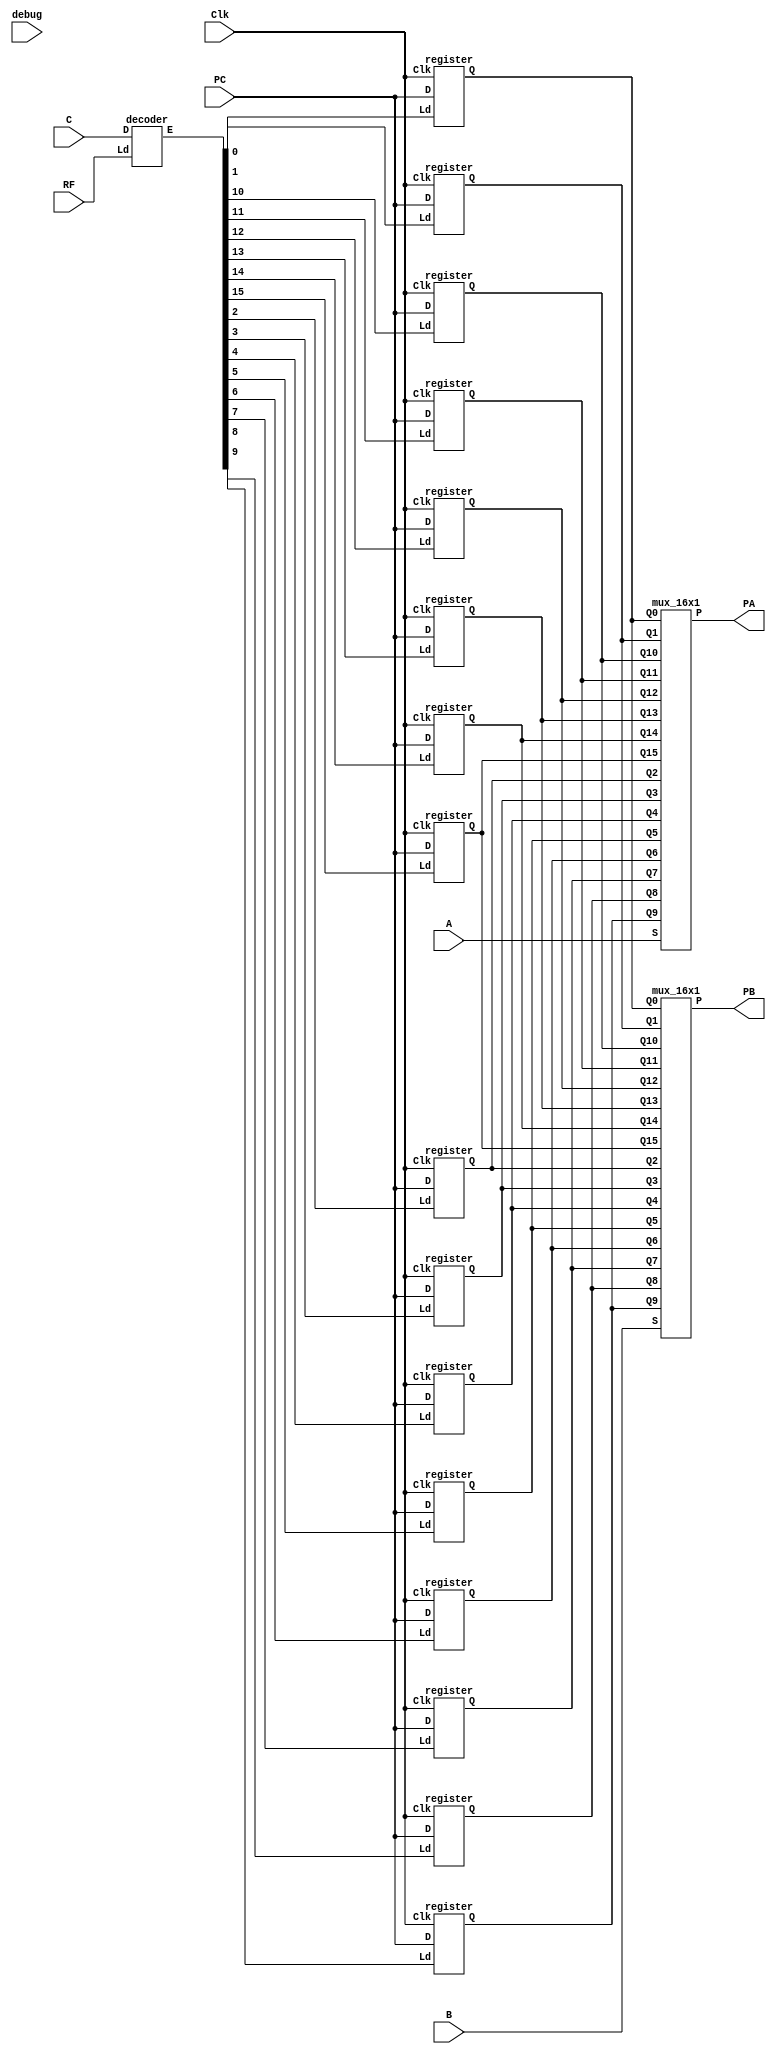
module regFile(
	output [31:0]PA, PB, 
	input [31:0]PC, 
	input [3:0]A, B, C, 
	input RF, Clk,
	input debug);
	
	wire [31:0] Q0, Q1, Q2, Q3, Q4, Q5, Q6, Q7, Q8, Q9, Q10, Q11, Q12, Q13, Q14, Q15;
	wire [15:0] E;

	decoder dec(E, C, RF);
	
	register R0(Q0, PC, E[0], Clk);
	register R1(Q1, PC, E[1], Clk);
	register R2(Q2, PC, E[2], Clk);
	register R3(Q3, PC, E[3], Clk);
	register R4(Q4, PC, E[4], Clk);
	register R5(Q5, PC, E[5], Clk);
	register R6(Q6, PC, E[6], Clk);
	register R7(Q7, PC, E[7], Clk);
	register R8(Q8, PC, E[8], Clk);
	register R9(Q9, PC, E[9], Clk);
	register R10(Q10, PC, E[10], Clk);
	register R11(Q11, PC, E[11], Clk);
	register R12(Q12, PC, E[12], Clk);
	register R13(Q13, PC, E[13], Clk);
	register R14(Q14, PC, E[14], Clk);
	register R15(Q15, PC, E[15], Clk);

	mux_16x1 mux_A(PA, Q0, Q1, Q2, Q3, Q4, Q5, Q6, Q7, Q8, Q9, Q10, Q11, Q12, Q13, Q14, Q15, A);
	mux_16x1 mux_B(PB, Q0, Q1, Q2, Q3, Q4, Q5, Q6, Q7, Q8, Q9, Q10, Q11, Q12, Q13, Q14, Q15, B);

	reg[58*8:0] header = "--------------------------- RF ---------------------------";

	always @(debug) begin
		if(debug) begin
			$monitor("%s\nR0  %d\tR1  %d\tR2  %d\tR3  %d\tR4  %d\tR5  %d\tR6  %d\tR7  %d\nR8  %d\tR9  %d\tR10 %d\tR11 %d\tR12 %d\tR13 %d\tR14 %d\tR15 %d\n%s",
					header,Q0,Q1,Q2,Q3,Q4,Q5,Q6,Q7,Q8,Q9,Q10,Q11,Q12,Q13,Q14,Q15,header);
		end
	end
	
endmodule

module decoder(
	output reg 	[15:0]	E, 
	input 		[3:0]	D, 
	input 				Ld);

	always @(D, Ld) begin
		if(Ld == 1'b0)
			E <= 16'b0000000000000000;
		else if(Ld == 1'b1)
			if(D == 4'b0000)
				E <= 16'b0000000000000001;
			else if( D == 4'b0001)
				E <= 16'b0000000000000010;
			else if(D == 4'b0010)
				E <= 16'b0000000000000100;
			else if(D == 4'b0011)
				E <= 16'b0000000000001000;
			else if(D == 4'b0100)
				E <= 16'b0000000000010000;
			else if(D == 4'b0101)
				E <= 16'b0000000000100000;
			else if(D == 4'b0110)
				E <= 16'b0000000001000000;
			else if(D == 4'b0111)
				E <= 16'b0000000010000000;
			else if(D == 4'b1000)
				E <= 16'b0000000100000000;
			else if(D == 4'b1001)
				E <= 16'b0000001000000000;
			else if(D == 4'b1010)
				E <= 16'b0000010000000000;
			else if(D == 4'b1011)
				E <= 16'b0000100000000000;
			else if(D == 4'b1100)
				E <= 16'b0001000000000000;
			else if(D == 4'b1101)
				E <= 16'b0010000000000000;
			else if(D == 4'b1110)
				E <= 16'b0100000000000000;
			else if(D == 4'b1111)
				E <= 16'b1000000000000000;
	end
endmodule


module register(
	output reg 	[31:0] 	Q, 
	input 		[31:0] 	D, 
	input 				Ld, Clk);

	always @(posedge Clk)
		if(Ld == 1'b1) begin
			Q <= D;
	end

endmodule

module mux_16x1(
	output reg 	[31:0] P,
	input 		[31:0]Q0, Q1, Q2, Q3, Q4, Q5, Q6, Q7, Q8, Q9, Q10, 
		Q11, Q12, Q13, Q14, Q15, 
	input 		[3:0]S);

	always @(Q0, Q1, Q2, Q3, Q4, Q5, Q6, Q7, Q8, Q9, Q10, Q11, Q12, Q13, Q14, Q15, S)
		case(S)
		4'b0000 : P <= Q0;
		4'b0001 : P <= Q1;
		4'b0010 : P <= Q2;
		4'b0011 : P <= Q3;
		4'b0100 : P <= Q4;
		4'b0101 : P <= Q5;
		4'b0110 : P <= Q6;
		4'b0111 : P <= Q7;
		4'b1000 : P <= Q8;
		4'b1001 : P <= Q9;
		4'b1010 : P <= Q10;
		4'b1011 : P <= Q11;
		4'b1100 : P <= Q12;
		4'b1101 : P <= Q13;
		4'b1110 : P <= Q14;
		4'b1111 : P <= Q15;
	endcase

endmodule